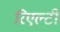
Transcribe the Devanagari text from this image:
रिएल्टी